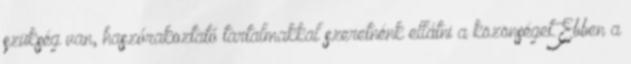
szükség van, haszórakoztató tartalmakkal szeretnénk ellátni a közönséget.Ebben a